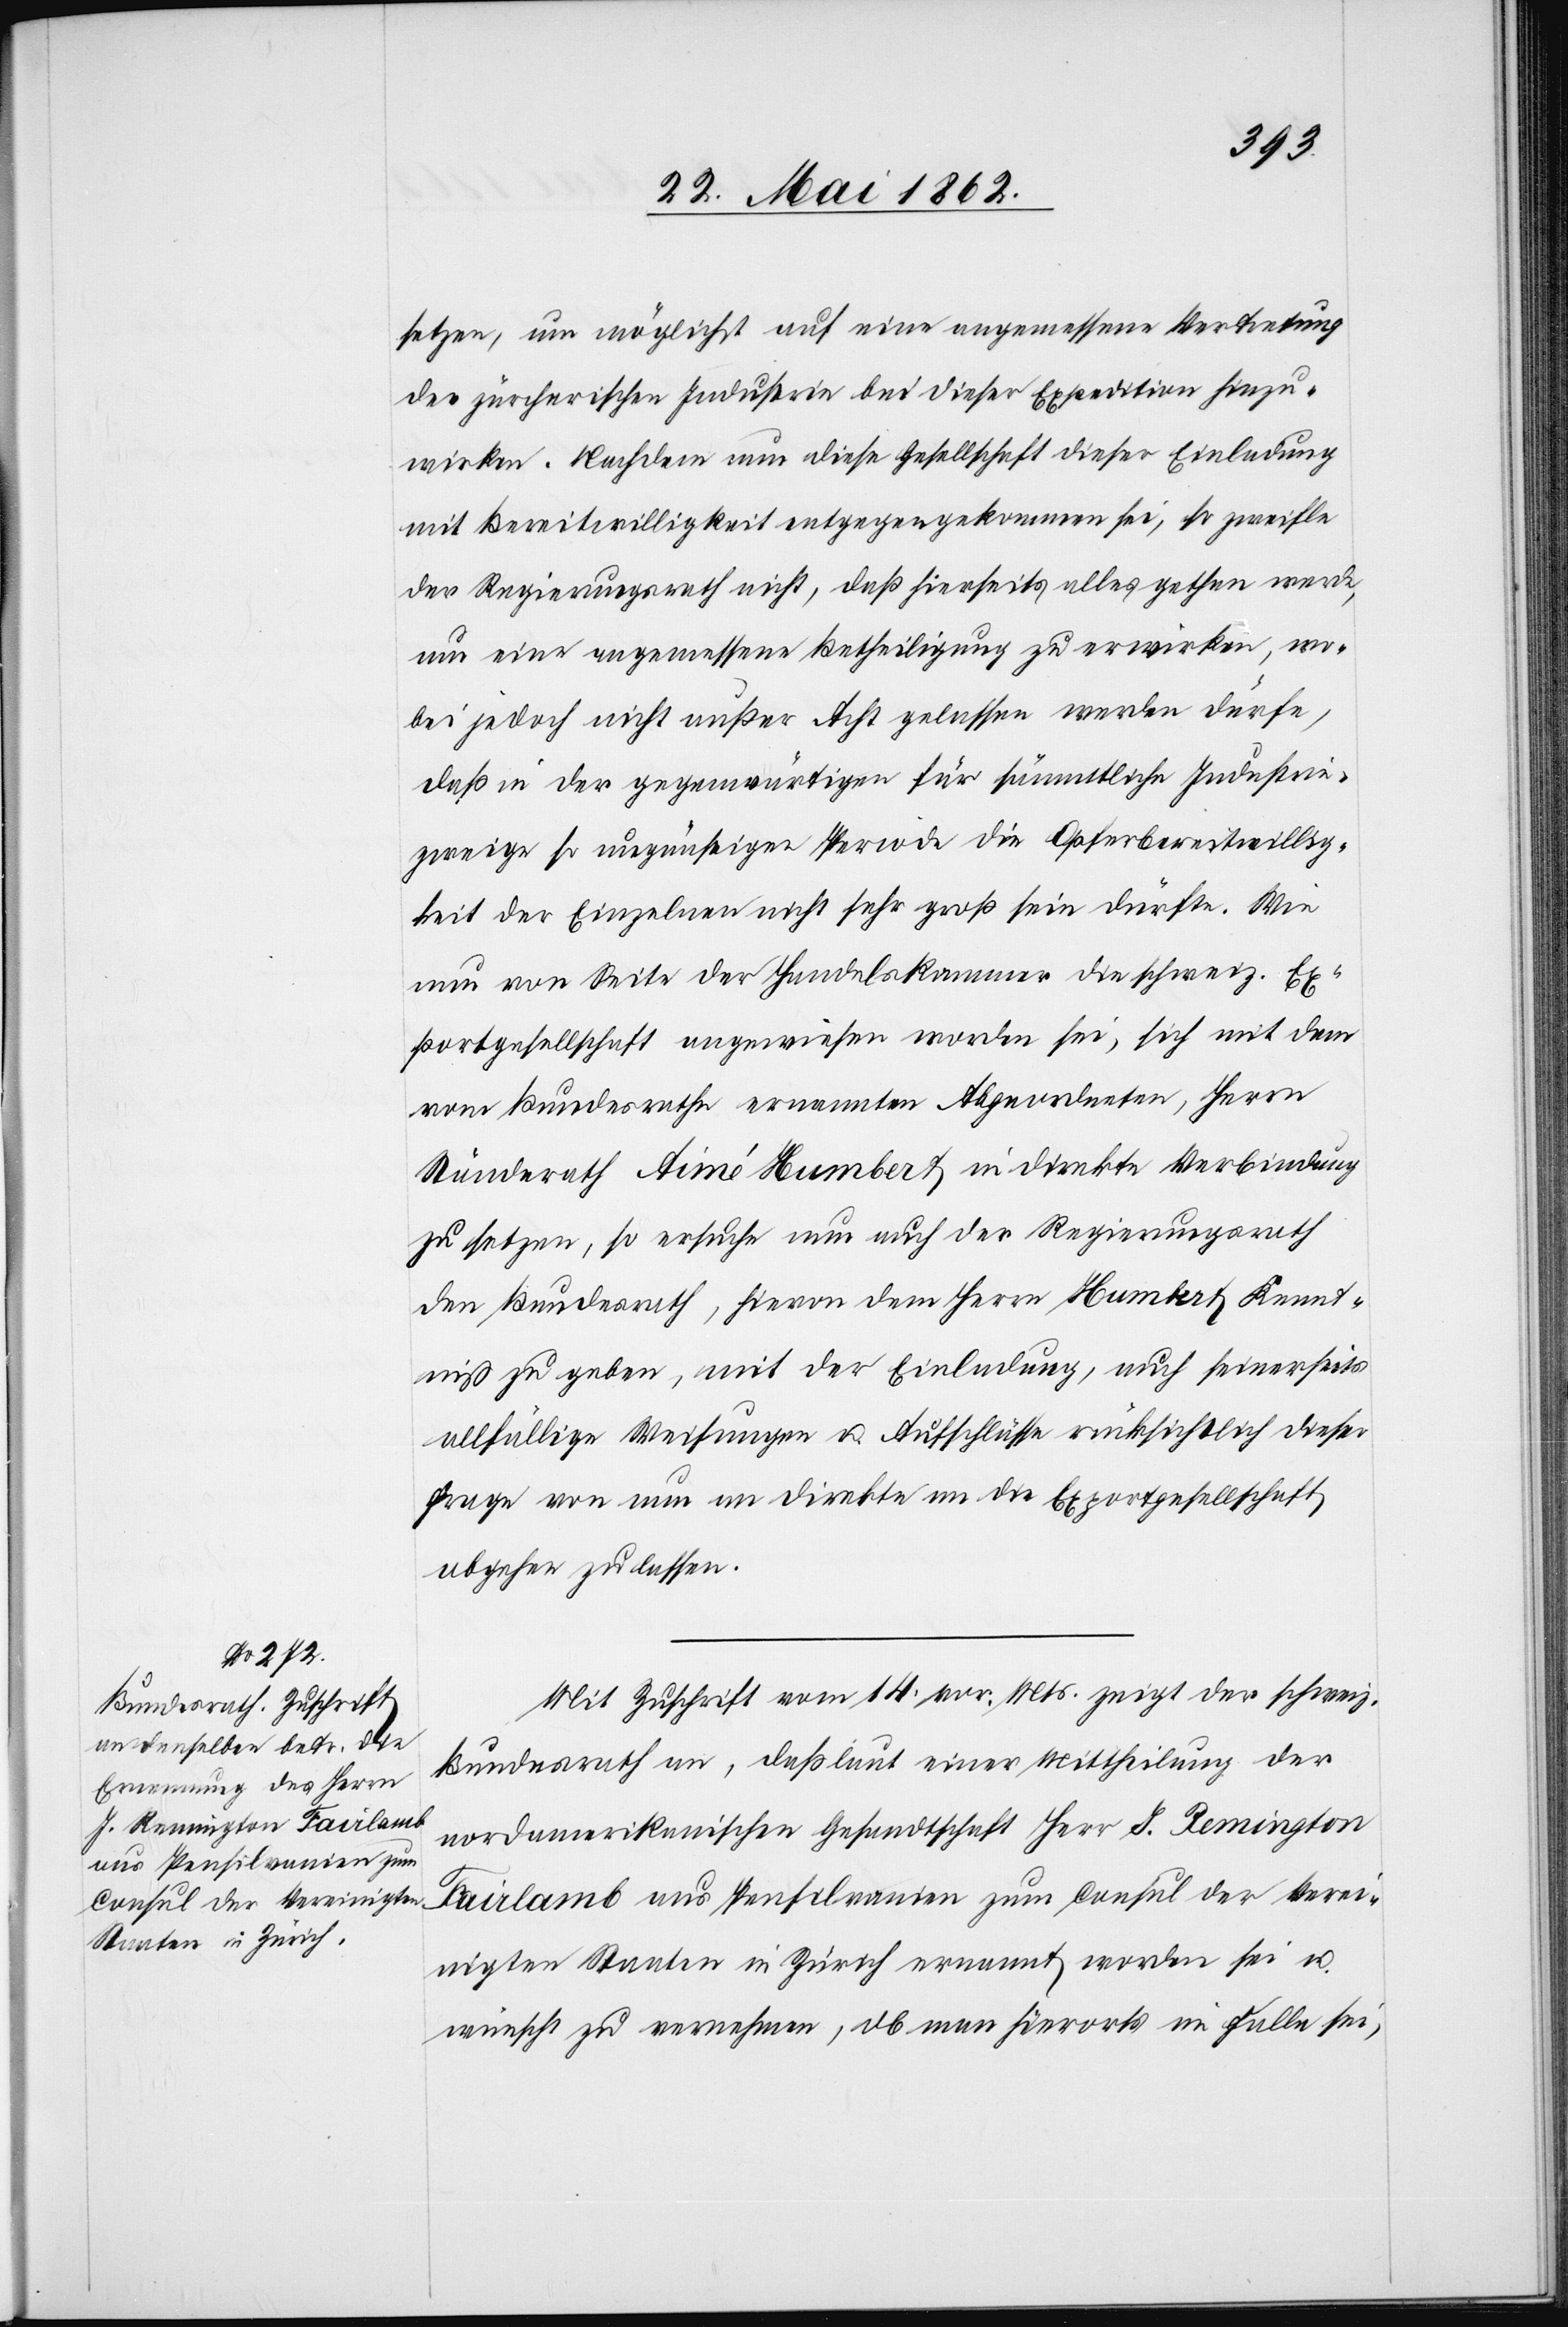
setzen, um möglichst auf eine angemessene Vertretung
der zürcherischen Industrie bei dieser Expedition hinzu¬
wirken. Nachdem nun diese Gesellschaft dieser Einladung
mit Bereitwilligkeit entgegengekommen sei, so zweifle
der Regierungsrath nicht, daß hierseits alles gethan werde,
um eine angemessene Betheiligung zu erwirken, wo¬
bei jedoch nicht außer Acht gelassen werden dürfe,
daß in der gegenwärtigen für sämmtliche Industrie¬
zweige so ungünstige Periode die Opferbereitwillig¬
keit der Einzelnen nicht sehr groß sein dürfte. Wie
nun von Seite der Handelskammer die schweiz. Ex¬
portgesellschaft angewiesen worden sei, sich mit dem
vom Bundesrathe ernannten Abgeordneten, Herrn
Ständerath Aimé Humbert in direkte Verbindung
zu setzen, so ersuche nun auch der Regierungsrath
den Bundesrath, hievon dem Herrn Humbert Kennt¬
niß zu geben, mit der Einladung, auch seinerseits
allfällige Weisungen u. Aufschlüsse rücksichtlich dieser
Frage von nun an direkte an die Exportgesellschaft
abgehen zu lassen.
Mit Zuschrift vom 14. vor. Mts. zeigt der schweiz.
Bundesrath an, daß laut einer Mittheilung der
nordamerikanischen Gesandtschaft Herr J. Remington
Fairlamb aus Pensilvanien zum Consul der Verei¬
nigten Staaten in Zürich ernannt worden sei u.
wünscht zu vernehmen, ob man hierorts im Falle sei,